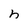
Character: h